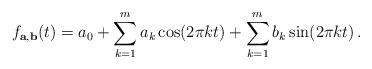
LaTeX: \begin{align*} f_{{\bf a}, {\bf b}}(t)= a_0 + \sum_{k=1}^m a_k \cos(2 \pi k t) + \sum_{k=1}^m b_k \sin(2\pi k t) \, .\end{align*}